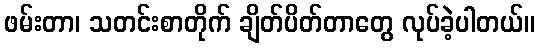
ဖမ်းတာ၊ သတင်းစာတိုက် ချိတ်ပိတ်တာတွေ လုပ်ခဲ့ပါတယ်။